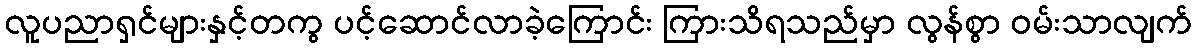
လူပညာရှင်များနှင့်တကွ ပင့်ဆောင်လာခဲ့ကြောင်း ကြားသိရသည်မှာ လွန်စွာ ဝမ်းသာလျက်